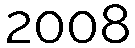
2008